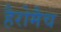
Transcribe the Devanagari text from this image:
हैरोमैच